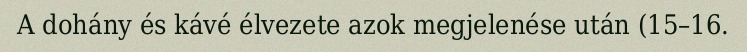
A dohány és kávé élvezete azok megjelenése után (15–16.